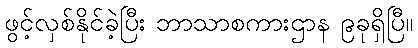
ဖွင့်လှစ်နိုင်ခဲ့ပြီး ဘာသာစကားဌာန ၉ခုရှိပြီ။